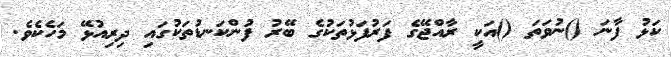
ކަޅު ފާނަ ()ނުވަތަ ()އަކީ ރާއްޖޭގެ ފަރުފަޅުތަކުގެ ބޭރު ފުންކަނޑުތަކުގައި ދިރިއުޅޭ މަހެކެވެ.